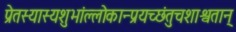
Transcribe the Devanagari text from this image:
प्रेतस्यास्यशुभांल्लोकान्प्रयच्छंतुचशाश्वतान्